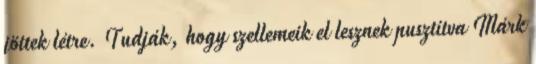
jöttek létre. Tudják, hogy szellemeik el lesznek pusztítva Márk